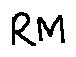
R M